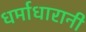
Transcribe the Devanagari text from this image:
धर्माधारानी